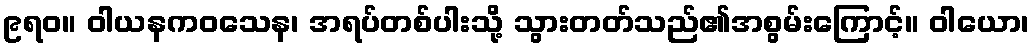
၉ရဝ။ ဝါယနကဝသေန၊ အရပ်တစ်ပါးသို့ သွားတတ်သည်၏အစွမ်းကြောင့်။ ဝါယော၊